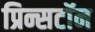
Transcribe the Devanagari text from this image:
प्रिन्सटॉन